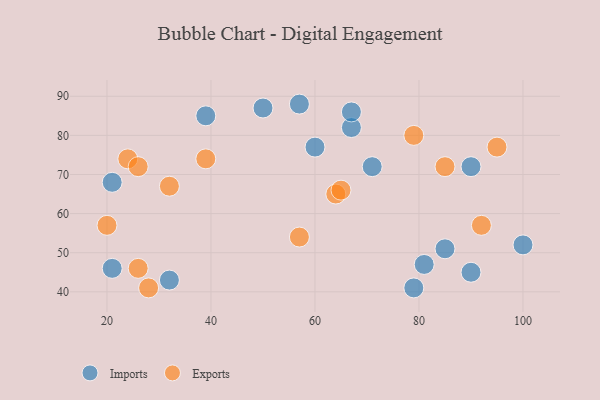
{"axis": {"x": "GDP", "y": "Life Expectancy"}, "legend": ["Exports", "Imports"], "data": [{"x": "21", "y": 46, "type": "Imports"}, {"x": "85", "y": 51, "type": "Imports"}, {"x": "21", "y": 68, "type": "Imports"}, {"x": "71", "y": 72, "type": "Imports"}, {"x": "32", "y": 43, "type": "Imports"}, {"x": "67", "y": 82, "type": "Imports"}, {"x": "90", "y": 45, "type": "Imports"}, {"x": "100", "y": 52, "type": "Imports"}, {"x": "67", "y": 86, "type": "Imports"}, {"x": "50", "y": 87, "type": "Imports"}, {"x": "90", "y": 72, "type": "Imports"}, {"x": "81", "y": 47, "type": "Imports"}, {"x": "39", "y": 85, "type": "Imports"}, {"x": "60", "y": 77, "type": "Imports"}, {"x": "79", "y": 41, "type": "Imports"}, {"x": "57", "y": 88, "type": "Imports"}, {"x": "85", "y": 72, "type": "Exports"}, {"x": "26", "y": 46, "type": "Exports"}, {"x": "57", "y": 54, "type": "Exports"}, {"x": "24", "y": 74, "type": "Exports"}, {"x": "92", "y": 57, "type": "Exports"}, {"x": "64", "y": 65, "type": "Exports"}, {"x": "26", "y": 72, "type": "Exports"}, {"x": "65", "y": 66, "type": "Exports"}, {"x": "95", "y": 77, "type": "Exports"}, {"x": "79", "y": 80, "type": "Exports"}, {"x": "39", "y": 74, "type": "Exports"}, {"x": "20", "y": 57, "type": "Exports"}, {"x": "32", "y": 67, "type": "Exports"}, {"x": "28", "y": 41, "type": "Exports"}]}